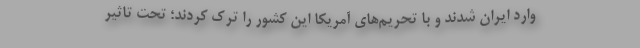
وارد ایران شدند و با تحریم‌های آمریکا این کشور را ترک کردند؛ تحت تاثیر